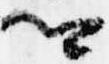
卿